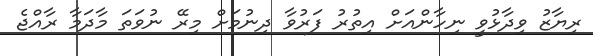
ރިޔާޒު ވިދާޅުވީ ނިހާންއަށް އިތުރު ފަރުވާ ދިނުމަށް މިރޭ ނުވަތަ މާދަމާ ރާއްޖެ